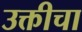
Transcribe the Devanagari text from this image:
उक्तीचा